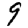
Digit: 9